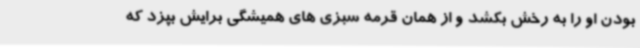
بودن او را به رخش بکشد و از همان قرمه سبزی های همیشگی برایش بپزد که